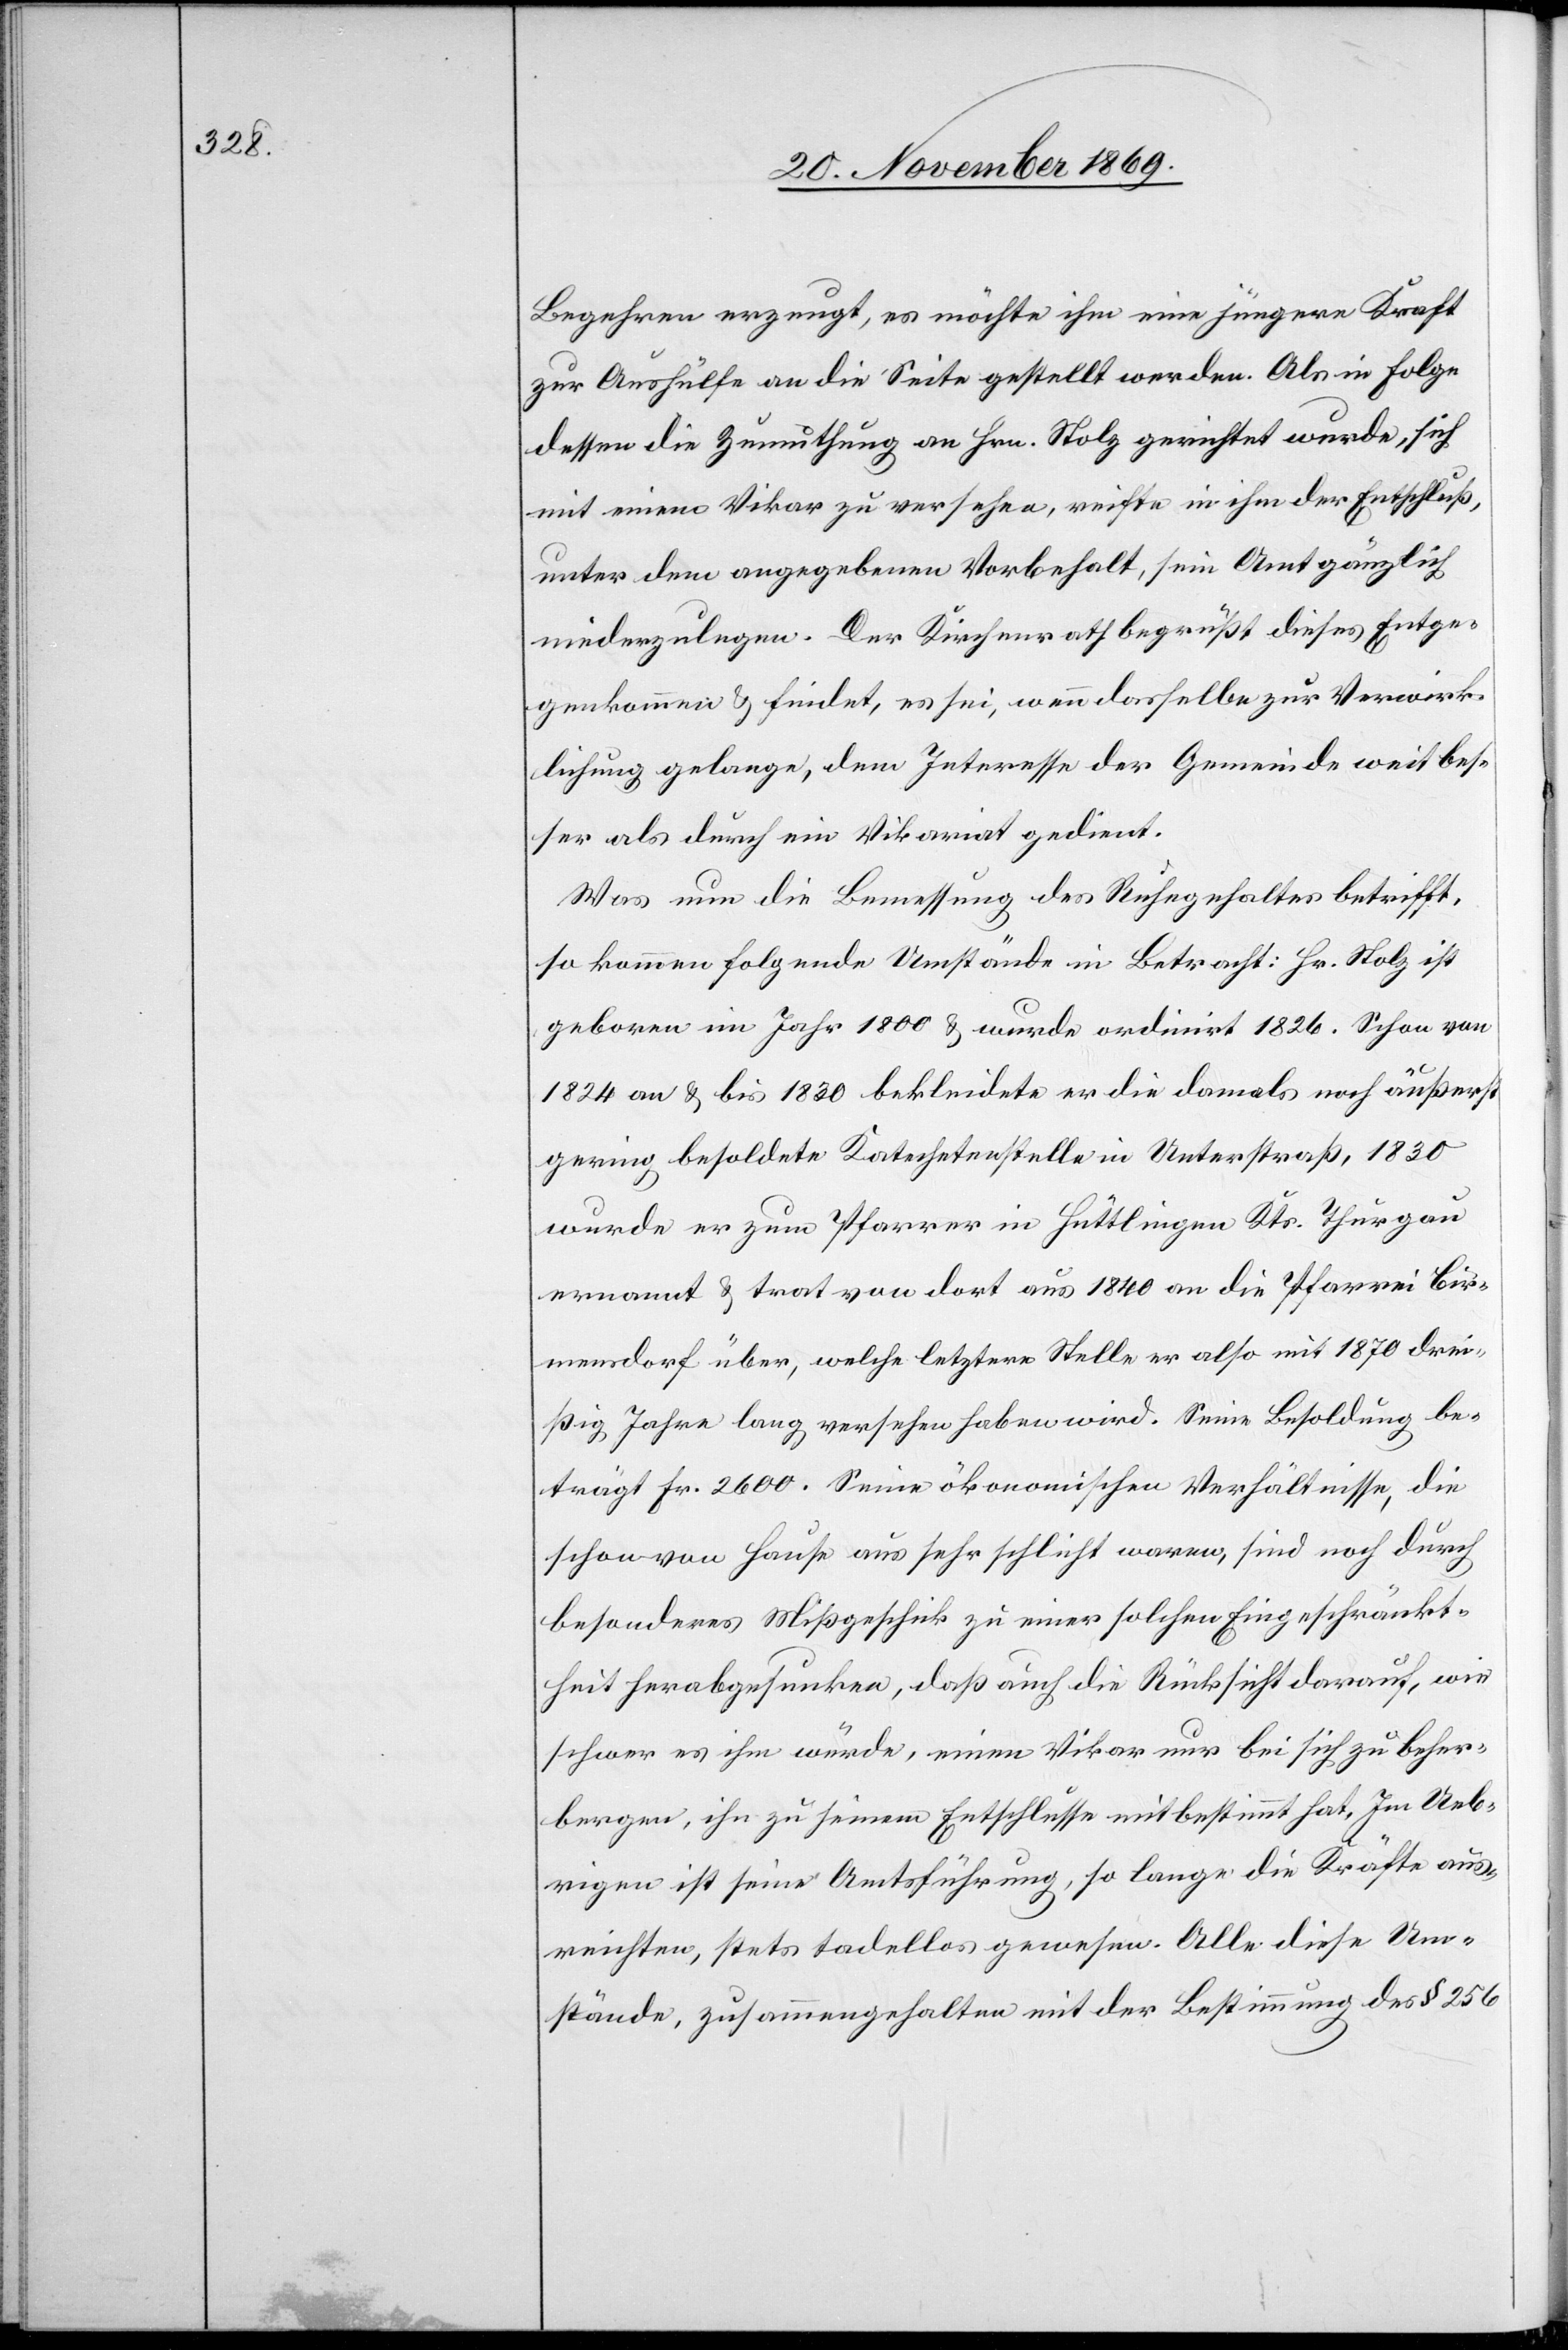
Begehren erzeugt, es möchte ihm eine jüngere Kraft
zur Aushülfe an die Seite gestellt werden. Als in Folge
dessen die Zumuthung an Hrn. Stolz gerichtet wurde, sich
mit einem Vikar zu versehen, reifte in ihm der Entschluß,
unter dem angegebenen Vorbehalt, sein Amt gänzlich
niederzulegen. Der Kirchenrath begrüßt dieses Entge¬
genkommen & findet, es sei, wenn dasselbe zur Verwirk¬
lichung gelange, dem Interesse der Gemeinde weit bes¬
ser als durch ein Vikariat gedient.
Was nun die Bemessung des Ruhegehaltes betrifft,
so kommen folgende Umstände in Betracht: Hr. Stolz ist
geboren im Jahr 1800 & wurde ordinirt 1826. Schon von
1824 an & bis 1830 bekleidete er die damals noch äußerst
gering besoldete Katechetenstelle in Unterstraß, 1830
wurde er zum Pfarrer in Hüttlingen Kts. Thurgau
ernannt & trat von dort aus 1840 an die Pfarrei Bir¬
mensdorf über, welche letztere Stelle er also mit 1870 drei¬
ßig Jahre lang versehen haben wird. Seine Besoldung be¬
trägt Fr. 2600. Seine ökonomischen Verhältnisse, die
schon von Hause aus sehr schlicht waren, sind noch durch
besonderes Mißgeschick zu einer solchen Eingeschränkt¬
heit herabgesunken, daß auch die Rücksicht darauf, wie
schwer es ihm würde, einen Vikar nur bei sich zu beher¬
bergen, ihn zu seinem Entschlusse mitbestimmt hat. Im Ueb¬
rigen ist seine Amtsführung, so lange die Kräfte aus¬
reichten, stets tadellos gewesen. Alle diese Um¬
stände, zusammengehalten mit der Bestimmung des § 256